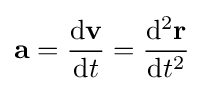
\mathbf {a} ={\mathrm {d} \mathbf {v}  \over \mathrm {d} t}={\mathrm {d^{2}} \mathbf {r}  \over \mathrm {d} t^{2}}